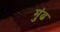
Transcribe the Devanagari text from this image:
मुंढ